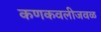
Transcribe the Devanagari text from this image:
कणकवलीजवळ